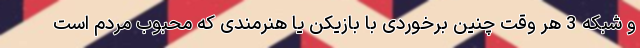
و شبکه 3 هر وقت چنین برخوردی با بازیکن یا هنرمندی که محبوب مردم است